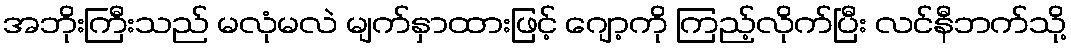
အဘိုးကြီးသည် မလုံမလဲ မျက်နှာထားဖြင့် ဂျော့ကို ကြည့်လိုက်ပြီး လင်နီဘက်သို့